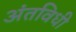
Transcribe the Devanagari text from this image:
अंतविधी